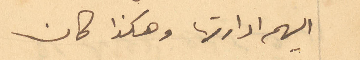
اليهم ادارتها وهكذا كان